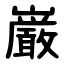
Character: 巌